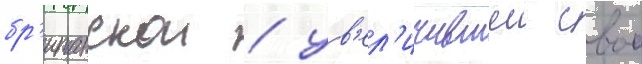
бр'итанскои / ув'ел'ичившеи свои